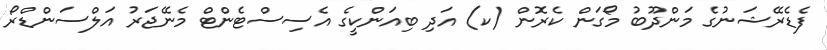
ފެޑެރޭޝަނުގެ މަންދޫބު މޯގަން ކެރޮން (ކ) އަދި ބިއަންކީގެ އެސިސްޓެންޓް މެނޭޖަރު އަލްސަންޑްރޯ